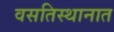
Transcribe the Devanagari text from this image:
वसतिस्थानात